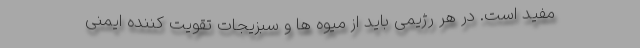
مفید است. در هر رژیمی باید از میوه ها و سبزیجات تقویت کننده ایمنی